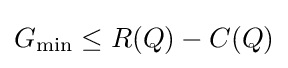
G_{\min }\leq R(Q)-C(Q)